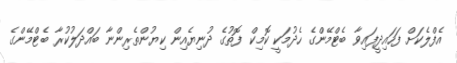
އެފްލެކަށް ފަހައިދީފައިވާ ބެޓްމޭންގެ ހެދުމަކީ ކޮމިކް ފޮތުގެ ދުނިޔެއިން ކިޔުންތެރިންނާ ބައްދަލުކުރާ ބެޓްމޭންގެ